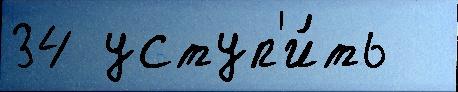
34 уступ'и́ть